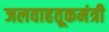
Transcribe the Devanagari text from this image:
जलवाहतूकमंत्री